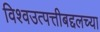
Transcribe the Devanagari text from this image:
विश्वउत्पत्तीबद्दलच्या